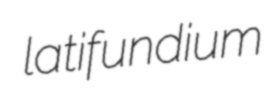
latifundium